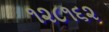
૧૨૮૧૬૨